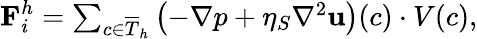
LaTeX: \begin{array}{r}{\textbf{F}_{i}^{h}=\sum_{c\in\overline{{T}}_{h}}\left(-\nabla p+\eta_{S}\nabla^{2}\textbf{u}\right)(c)\cdot V(c),}\end{array}